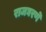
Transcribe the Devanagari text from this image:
राजघरणे